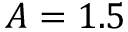
A = 1 . 5